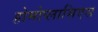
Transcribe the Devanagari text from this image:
होमोप्लासिएस